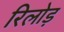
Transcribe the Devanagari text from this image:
रिलोड़